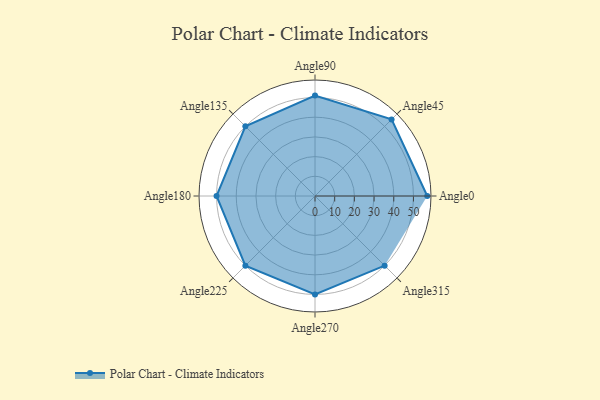
{"axis": {"x": "Angle", "y": "Radius"}, "legend": [""], "data": [{"x": "Angle0", "y": 57.0, "type": ""}, {"x": "Angle45", "y": 55.0, "type": ""}, {"x": "Angle90", "y": 51.0, "type": ""}, {"x": "Angle135", "y": 50, "type": ""}, {"x": "Angle180", "y": 50, "type": ""}, {"x": "Angle225", "y": 50, "type": ""}, {"x": "Angle270", "y": 50, "type": ""}, {"x": "Angle315", "y": 50, "type": ""}]}